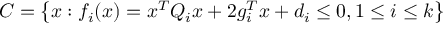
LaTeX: { C } = \left\{ x : f _ { i } ( x ) = x ^ { T } Q _ { i } x + 2 g _ { i } ^ { T } x + d _ { i } \leq 0 , 1 \leq i \leq k \right\}